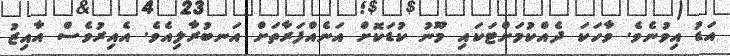
އަޑު އިވުނެވެ. ވާހަކަ ދެއްކުމަށްޓަކައި މޫނު ކުޑަކޮށް އަނެއްފަރާތަށް އަނބުރާލިއެވެ. އެއިރުވެސް އާއިޒު